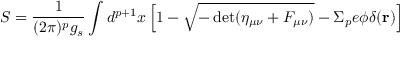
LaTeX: S = \frac { 1 } { ( 2 \pi ) ^ { p } g _ { s } } \int d ^ { p + 1 } x \left[ 1 - \sqrt { - \operatorname * { d e t } ( \eta _ { \mu \nu } + F _ { \mu \nu } ) } - \Sigma _ { p } e \phi \delta ( { \bf r } ) \right]